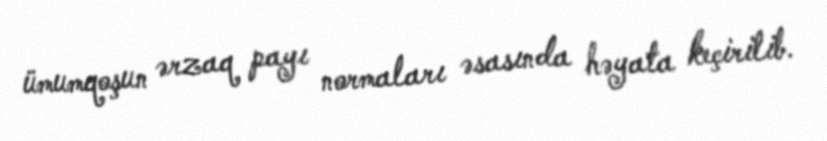
ümumqoşun ərzaq payı normaları əsasında həyata keçirilib.